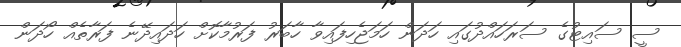
ސީ ސައިޓުގެ ސަރަހައްދުގައި ހަދަން ހަމަޖެހިފައިވާ ހާބަރު ފަރުމާކޮށް ހަދައިދޭނެ ފަރާތެއް ހޯދަން